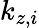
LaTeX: k_{z,i}